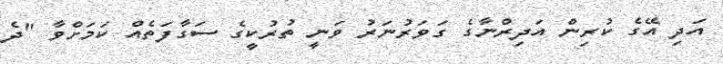
އަދި އޭގެ ކުރިން އަދިރްނާގެ ގަވަރުނަރު ވަނީ ތުރުކީގެ ސަގާފަތެއް ކަމަށްވާ "ދެ